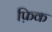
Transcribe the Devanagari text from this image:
फ़िक